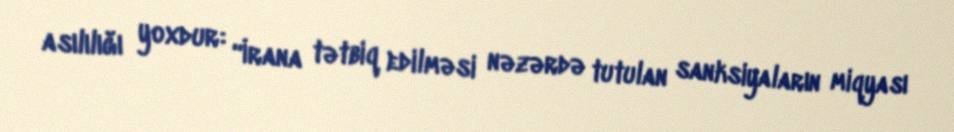
asılılığı yoxdur: “İrana tətbiq edilməsi nəzərdə tutulan sanksiyaların miqyası